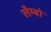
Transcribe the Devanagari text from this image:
लैम्बो